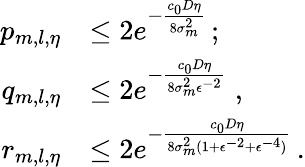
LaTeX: \begin{array}{rl}{p_{m,l,\eta}}&{\leq 2e^{-\frac{c_{0}D\eta}{8\sigma_{m}^{2}}}\, ;}\\ {q_{m,l,\eta}}&{\leq 2e^{-\frac{c_{0}D\eta}{8\sigma_{m}^{2}\epsilon^{-2}}}\; ,}\\ {r_{m,l,\eta}}&{\leq 2e^{-\frac{c_{0}D\eta}{8\sigma_{m}^{2}(1+\epsilon^{-2}+\epsilon^{-4})}}\, .}\end{array}